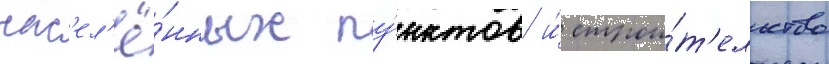
нас'ел'ё́нных пу́нктов и́ строи́т'ельство